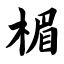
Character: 楣